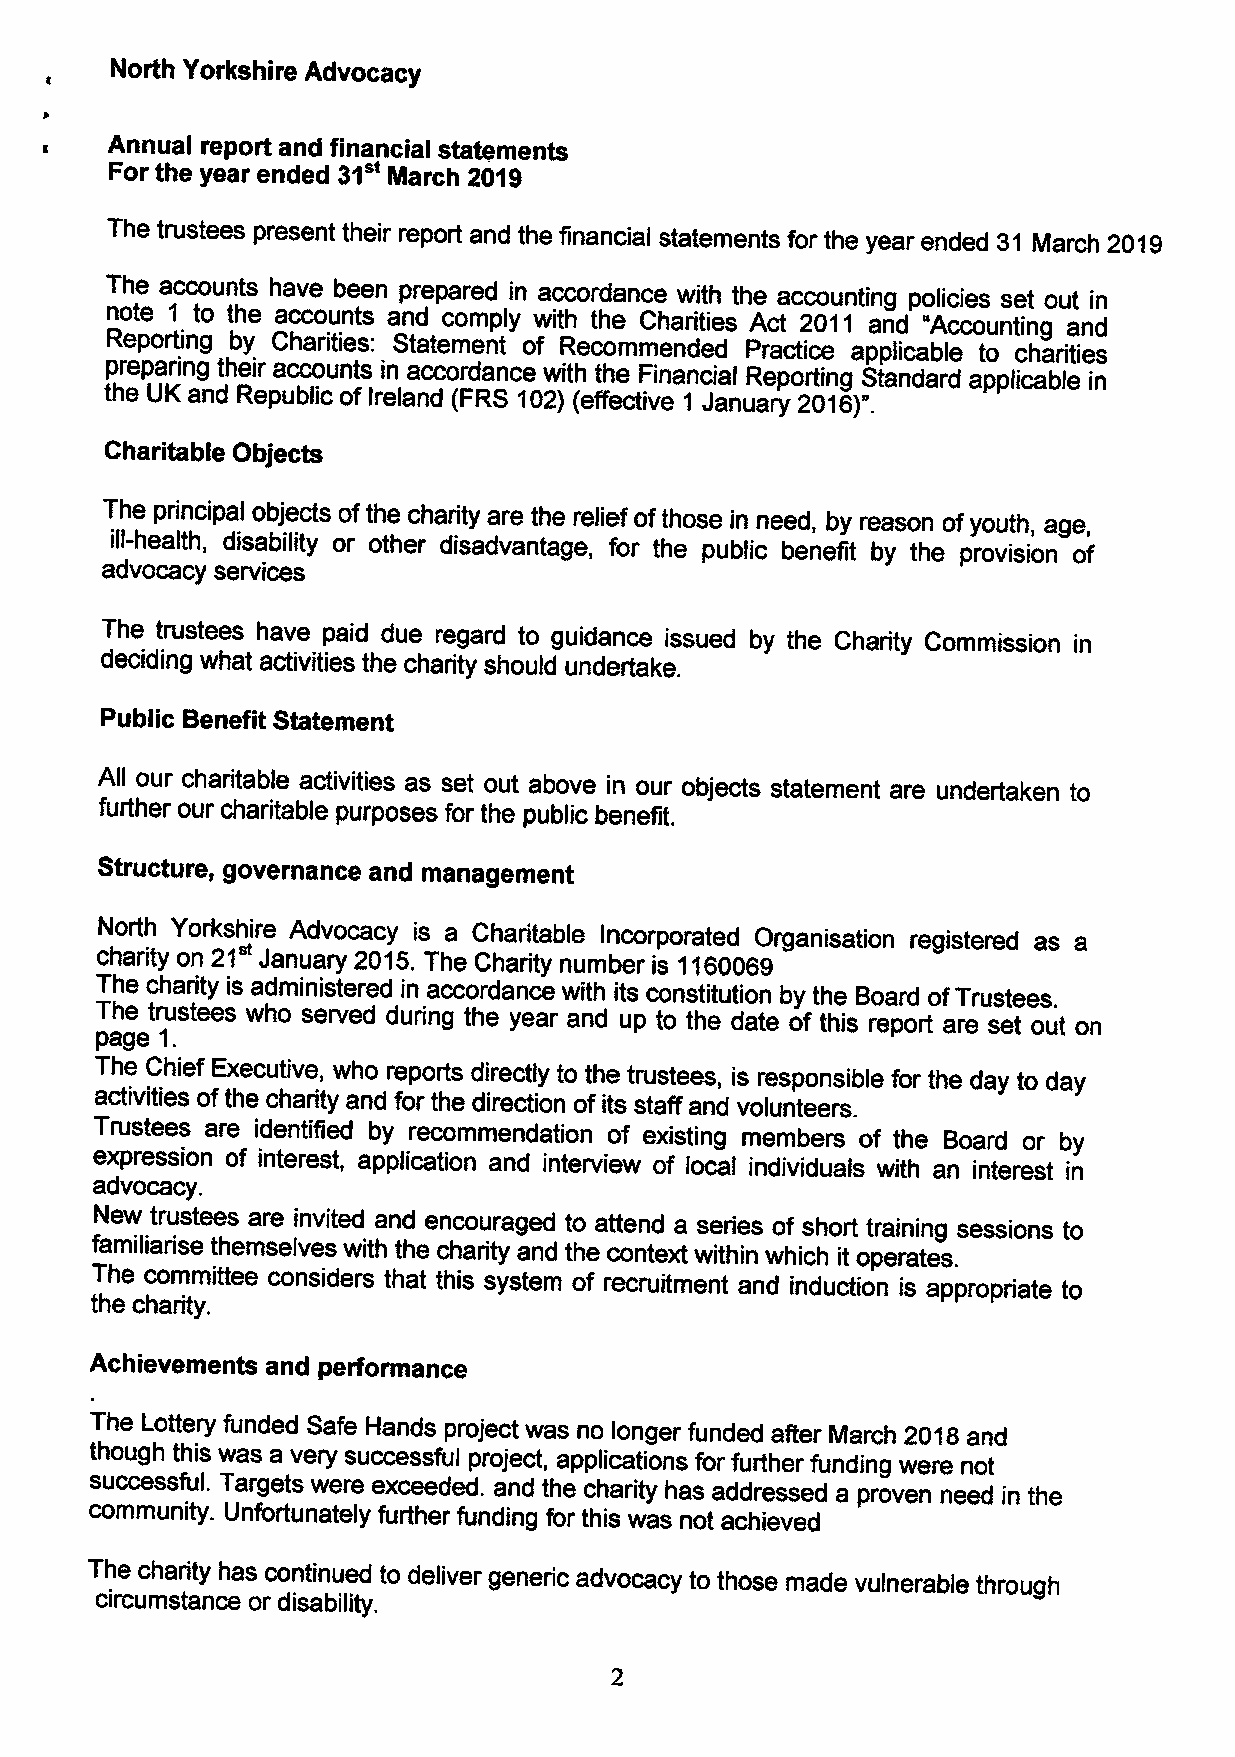
North Yorkshire Advocacy
 Annual report and financial statements
 31"
 For the year ended March 2019
 The trustees present their report and the financial statements for the year ended 31 March 2019
 The accounts have been prepared in accordance with the accounting policies set out in
 note 1 to the accounts and comply with the Charities Act 2011 and "Accounting and
 Reporting by Charities: Statement of Recommended Practice applicable to charities
 preparing their accounts in accordance with the Financial Reporting Standard applicable in
 the UK and Republic of Ireland (FRS 102) (effective 1 January 2016)".
 Charitable Objects
 The principal objects ofthe charity are the relief ofthose in need, by reason ofyouth, age,
 ill-health, disability or other disadvantage, for the public benefit by the provision of
 advocacy services
 The trustees have paid due regard to guidance issued by the Charity Commission in
 deciding what activities the charity should undertake.
 Public Benefit Statement
 All our charitable activities as set out above in our objects statement are undertaken to
 further our charitable purposes for the public benefit.
 Structure, governance and management
 North Yorkshire Advocacy is a Charitable Incorporated Organisation registered as a
 21"
 charity on January 2015.The Charity number is 1160069
 The charity is administered in accordance with its constitution by the Board ofTrustees.
 The trustees who served during the year and up to the date of this report are set out on
 page 1.
 The Chief Executive, who reports directly to the trustees, is responsible for the day to day
 activities ofthe charity and for the direction of its staff and volunteers.
 Trustees are identified by recommendation of existing members of the Board or by
 expression of interest, application and interview of local individuals with an interest in
 advocacy.
 New trustees are invited and encouraged to attend a series of short training sessions to
 familiarise themselves with the charity and the context within which it operates.
 The committee considers that this system of recruitment and induction is appropriate to
 the charity.
 Achievements and performance
 The Lottery funded Safe Hands project was no longer funded after March 2018and
 though this was a very successful project, applications for further funding were not
 successful. Targets were exceeded. and the charity has addressed a proven need in the
 community. Unfortunately further funding for this was not achieved
 The charity has continued to deliver generic advocacy to those made vulnerable through
 circumstance or disability.